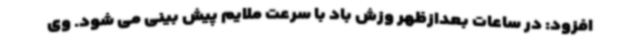
افزود: در ساعات بعدازظهر وزش باد با سرعت ملایم پیش بینی می شود. وی